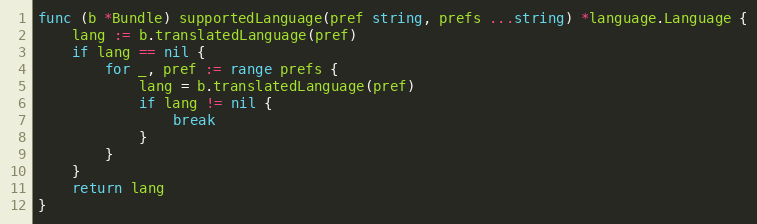
Language: Go
func (b *Bundle) supportedLanguage(pref string, prefs ...string) *language.Language {
	lang := b.translatedLanguage(pref)
	if lang == nil {
		for _, pref := range prefs {
			lang = b.translatedLanguage(pref)
			if lang != nil {
				break
			}
		}
	}
	return lang
}